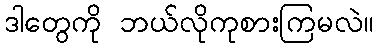
ဒါတွေကို ဘယ်လိုကုစားကြမလဲ။